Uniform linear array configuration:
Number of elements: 48
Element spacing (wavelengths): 1
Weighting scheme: hamming
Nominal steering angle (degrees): -60
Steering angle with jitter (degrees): -60.109
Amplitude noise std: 0.05
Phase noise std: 0.05

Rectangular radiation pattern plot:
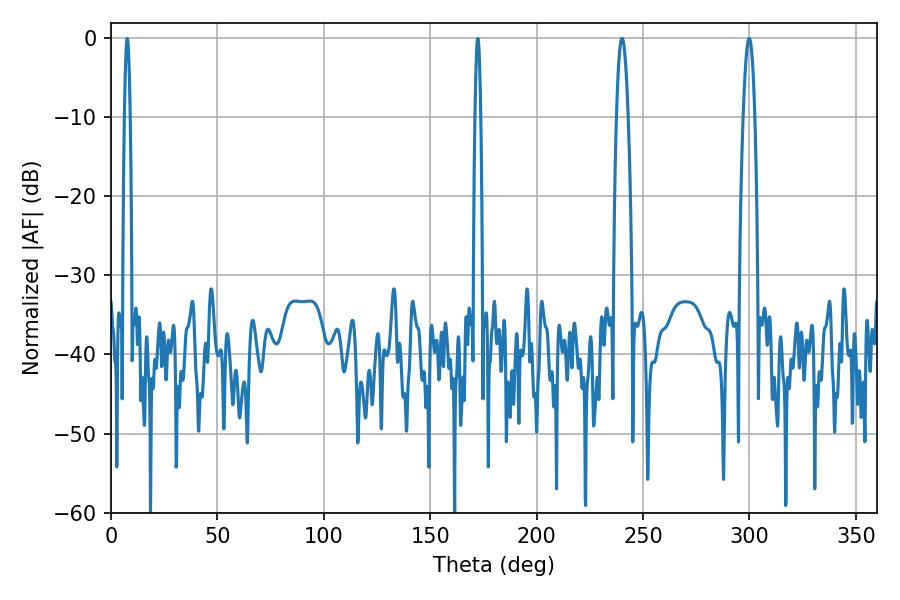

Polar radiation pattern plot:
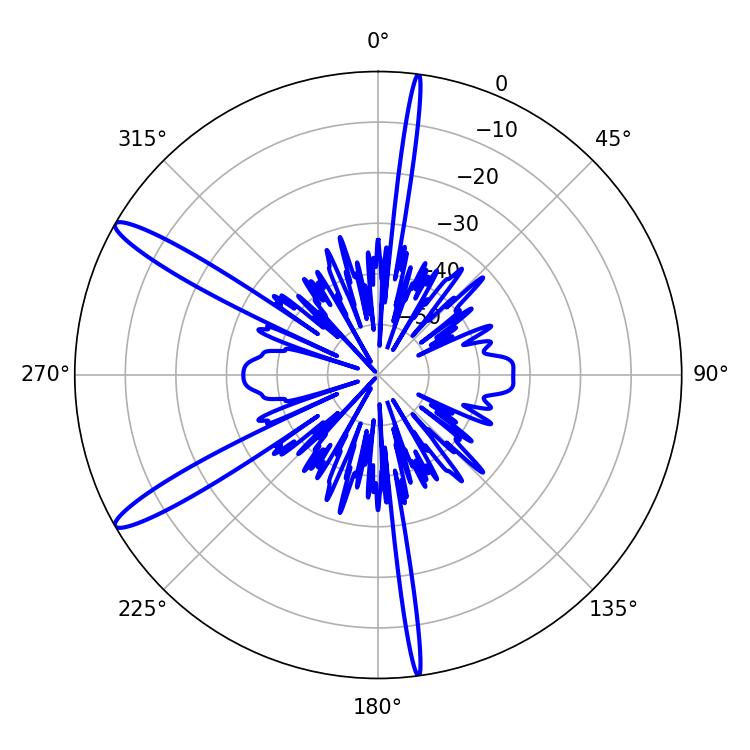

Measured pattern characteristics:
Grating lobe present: TRUE
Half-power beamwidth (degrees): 2.88
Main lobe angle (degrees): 240.12